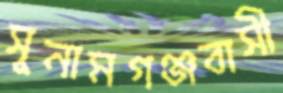
সুনামগঞ্জবাসী